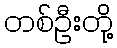
တစ်ဦးတို့